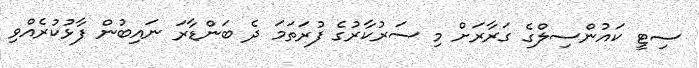
ސިޓީ ކައުންސިލްގެ ގަރާރަށް މި ސަރުކާރުގެ ފުރަތަމަ ދެ ބަންޑާރަ ނައިބުން ފާޅުކުރެއްވި